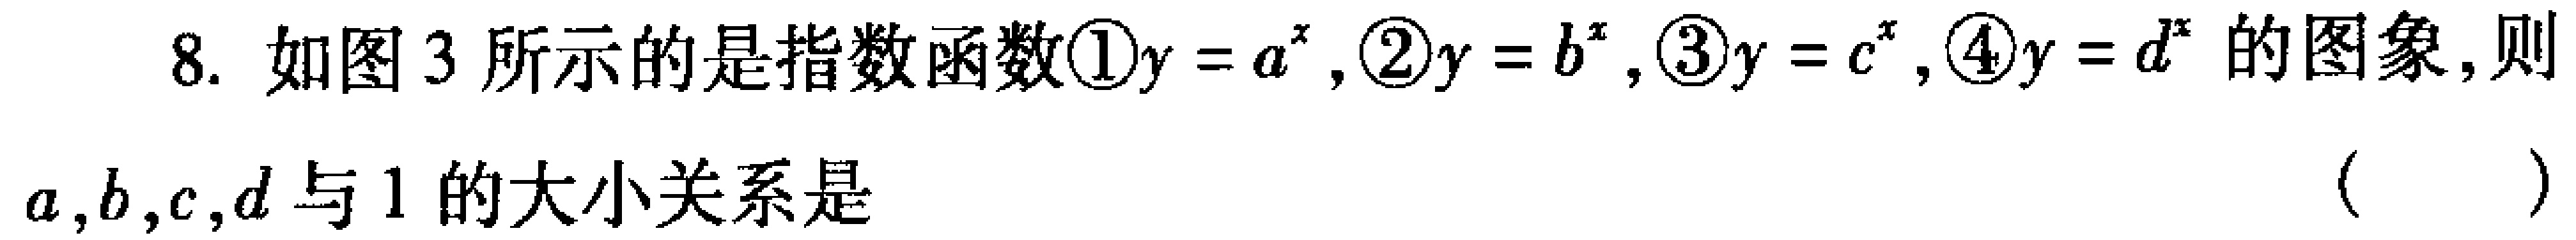
8. 如图3所示的是指数函数\textcircled{1}\(y = a^{x}\), \textcircled{2}\(y = b^{x}\), \textcircled{3}\(y = c^{x}\), \textcircled{4}\(y = d^{x}\)的图像,则\(a,b,c,d\)与\(1\)的大小关系是 （  ）